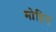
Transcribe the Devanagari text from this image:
मोड़िए